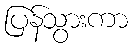
ပြန်သွားကာ